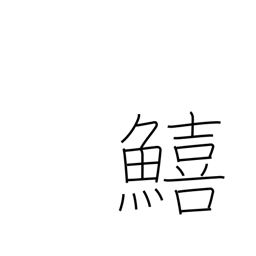
Meaning: sillaginoid